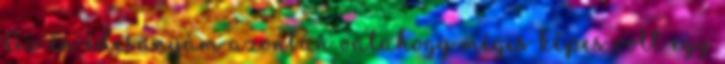
Az én édesanyám azonban valahogy mégis képes volt egy